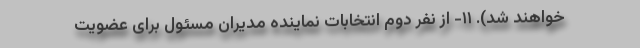
خواهند شد). ۱۱- از نفر دوم انتخابات نماینده مدیران مسئول برای عضویت